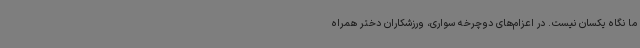
ما نگاه یکسان نیست. در اعزام‌های دوچرخه سواری، ورزشکاران دختر همراه